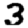
Digit: 3